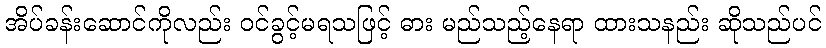
အိပ်ခန်းဆောင်ကိုလည်း ဝင်ခွင့်မရသဖြင့် ဓား မည်သည့်နေရာ ထားသနည်း ဆိုသည်ပင်